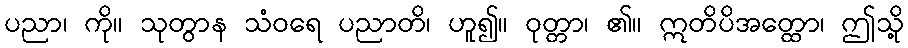
ပညာ၊ ကို။ သုတွာန သံဝရေ ပညာတိ၊ ဟူ၍။ ဝုတ္တာ၊ ၏။ ဣတိပိအတ္ထော၊ ဤသို့